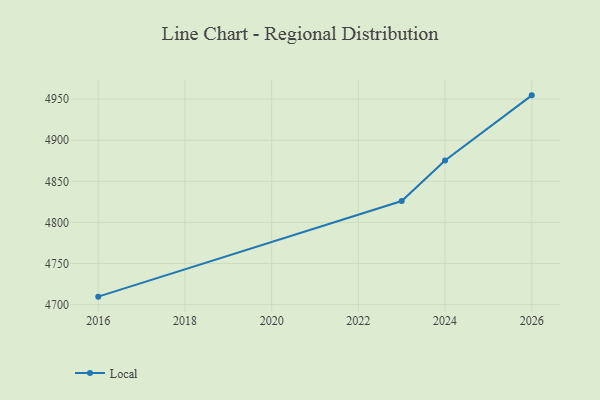
{"axis": {"x": "Year", "y": "LTV (USD)"}, "legend": ["Local"], "data": [{"x": "2016", "y": 4709.7, "type": "Local"}, {"x": "2023", "y": 4826.0, "type": "Local"}, {"x": "2024", "y": 4875.3, "type": "Local"}, {"x": "2026", "y": 4954.6, "type": "Local"}]}